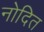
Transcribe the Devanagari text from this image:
नोदित